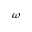
\omega